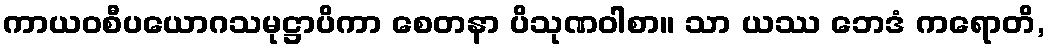
ကာယဝစီပယောဂသမုဋ္ဌာပိကာ စေတနာ ပိသုဏဝါစာ။ သာ ယဿ ဘေဒံ ကရောတိ,